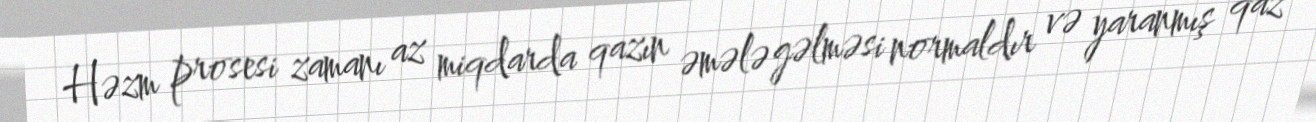
Həzm prosesi zamanı az miqdarda qazın əmələ gəlməsi normaldır və yaranmış qaz